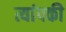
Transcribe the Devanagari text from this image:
त्यांपकी